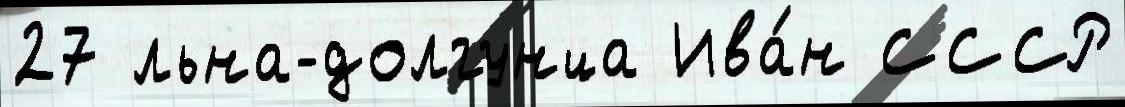
27 льна-долгунца Ива́н СССР